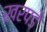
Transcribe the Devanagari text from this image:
खरपडे